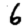
Digit: 6